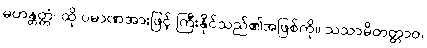
မဟန္တတ္တံ၊ ထို ပမာဏအားဖြင့် ကြီးနိုင်သည်၏အဖြစ်ကို။ သသာမိတတ္တာဝ၊